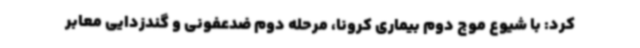
کرد: با شیوع موج دوم بیماری کرونا، مرحله دوم ضدعفونی و گندزدایی معابر